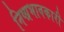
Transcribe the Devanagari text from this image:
निष्प्रभावकारी